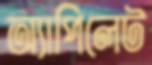
অ্যাপিলেট